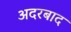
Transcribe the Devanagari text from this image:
अदरबाद